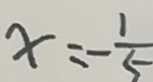
x = - \frac { 1 } { 5 }